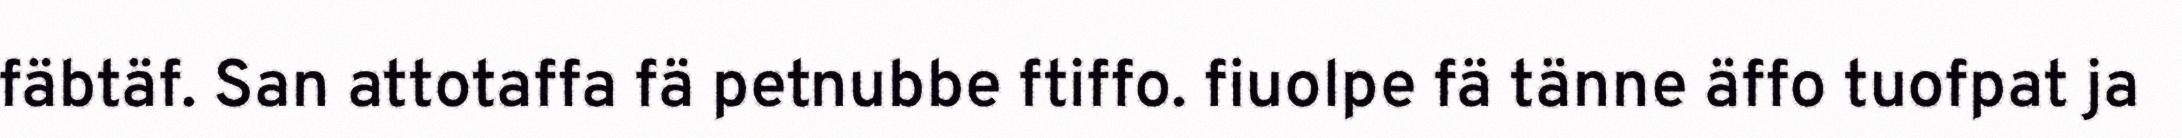
fäbtäf. San attotaffa fä petnubbe ftiffo. fiuolpe fä tänne äffo tuofpat ja